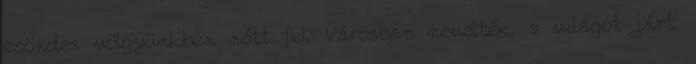
csöndes völgyünkben nőtt fel. Városban nevelték, s világot járt.